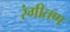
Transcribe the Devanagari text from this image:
रंगीतण